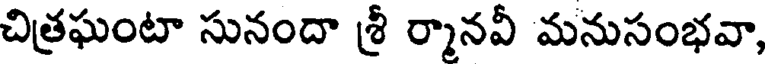
చిత్రఘంటా సునందా శ్రీ ర్మానవీ మనుసంభవా,